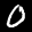
Label: 0